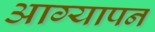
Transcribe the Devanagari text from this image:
आग्यापन